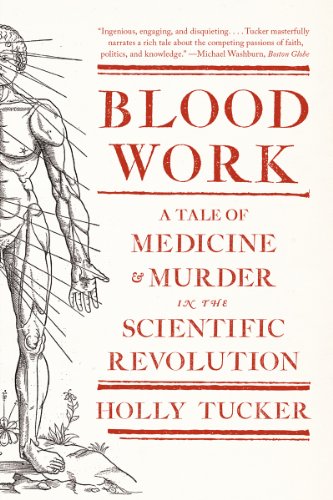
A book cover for Blood Work: A Tale of Medicine and Murder in the Scientific Revolution; Holly Tucker; Medical Books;